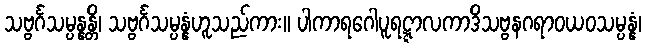
သဗ္ဗင်္ဂသမ္ပန္နန္တိ၊ သဗ္ဗင်္ဂသမ္ပန္နံဟူသည်ကား။ ပါကာရဂေါပူရဋ္ဋာလကာဒိသဗ္ဗနဂရာဝယဝသမ္ပန္နံ၊